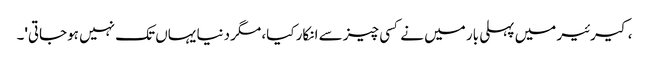
، کیرئیر میں پہلی بار میں نے کسی چیز سے انکار کیا، مگر دنیا یہاں تک نہیں ہوجاتی'۔